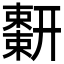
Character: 𢆬